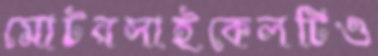
মোটরসাইকেলটিও